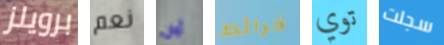
برويلز نعم أوان خرائط توي سجلت